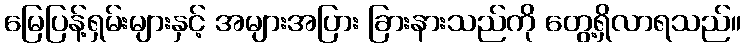
မြေပြန့်ရှမ်းများနှင့် အများအပြား ခြားနားသည်ကို တွေ့ရှိလာရသည်။